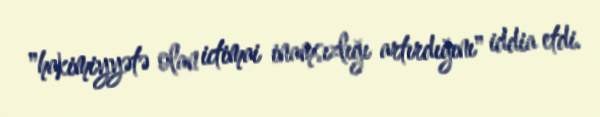
"hakimiyyətə olan ictimai inamsızlığı artırdığını" iddia etdi.